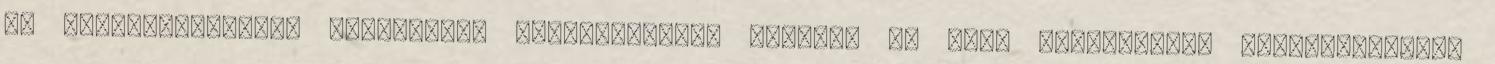
fő tevékenységéhez kapcsolódó gázpalackokat töltött és üres állapotban, gázpatronokat,